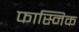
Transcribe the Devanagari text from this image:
फास्निक